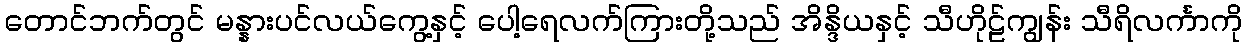
တောင်ဘက်တွင် မန္နားပင်လယ်ကွေ့နှင့် ပေါ့ရေလက်ကြားတို့သည် အိန္ဒိယနှင့် သီဟိုဠ်ကျွန်း သီရိလင်္ကာကို